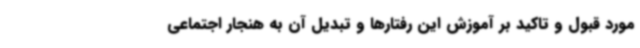
مورد قبول و تاکید بر آموزش این رفتارها و تبدیل آن به هنجار اجتماعی